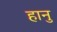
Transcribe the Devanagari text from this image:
हानु